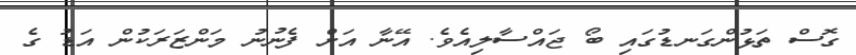
ގޮސް ތަޅުންގަނޑުގައި ބޯ ޖައްސާލިއެވެ. އޭނާ އަށް ފެނުނު މަންޒަރަކުން އަޑު ގެ